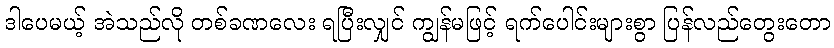
ဒါပေမယ့် အဲသည်လို တစ်ခဏလေး ရပြီးလျှင် ကျွန်မဖြင့် ရက်ပေါင်းများစွာ ပြန်လည်တွေးတော